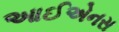
આઈએનસ